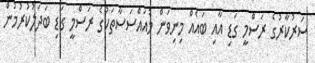
ސަރުކާރުގެ ރަސްމީ ގަޑި އާއި ބައެއް މިނިވަން މުއައްސަސާތަކުގެ ރަސްމީ ގަޑި ބަދަލުކުރުމުން